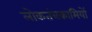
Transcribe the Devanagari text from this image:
लोकतंत्रकामियों